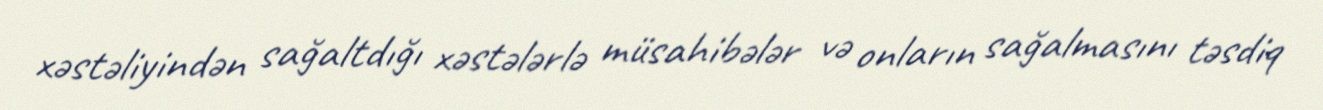
xəstəliyindən sağaltdığı xəstələrlə müsahibələr və onların sağalmasını təsdiq